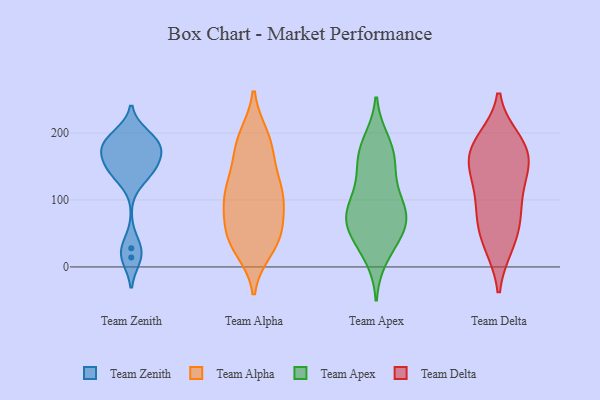
{"axis": {"x": "Energy Usage (MWh)", "y": "Value"}, "legend": ["Team Alpha", "Team Apex", "Team Delta", "Team Zenith"], "data": [{"x": "", "y": 146, "type": "Team Zenith"}, {"x": "", "y": 186, "type": "Team Zenith"}, {"x": "", "y": 145, "type": "Team Zenith"}, {"x": "", "y": 171, "type": "Team Zenith"}, {"x": "", "y": 196, "type": "Team Zenith"}, {"x": "", "y": 174, "type": "Team Zenith"}, {"x": "", "y": 183, "type": "Team Zenith"}, {"x": "", "y": 14, "type": "Team Zenith"}, {"x": "", "y": 138, "type": "Team Zenith"}, {"x": "", "y": 28, "type": "Team Zenith"}, {"x": "", "y": 194, "type": "Team Alpha"}, {"x": "", "y": 93, "type": "Team Alpha"}, {"x": "", "y": 46, "type": "Team Alpha"}, {"x": "", "y": 109, "type": "Team Alpha"}, {"x": "", "y": 181, "type": "Team Alpha"}, {"x": "", "y": 140, "type": "Team Alpha"}, {"x": "", "y": 109, "type": "Team Alpha"}, {"x": "", "y": 90, "type": "Team Alpha"}, {"x": "", "y": 120, "type": "Team Alpha"}, {"x": "", "y": 27, "type": "Team Alpha"}, {"x": "", "y": 169, "type": "Team Alpha"}, {"x": "", "y": 46, "type": "Team Alpha"}, {"x": "", "y": 36, "type": "Team Alpha"}, {"x": "", "y": 63, "type": "Team Alpha"}, {"x": "", "y": 192, "type": "Team Alpha"}, {"x": "", "y": 41, "type": "Team Alpha"}, {"x": "", "y": 110, "type": "Team Alpha"}, {"x": "", "y": 74, "type": "Team Apex"}, {"x": "", "y": 74, "type": "Team Apex"}, {"x": "", "y": 81, "type": "Team Apex"}, {"x": "", "y": 177, "type": "Team Apex"}, {"x": "", "y": 61, "type": "Team Apex"}, {"x": "", "y": 16, "type": "Team Apex"}, {"x": "", "y": 35, "type": "Team Apex"}, {"x": "", "y": 167, "type": "Team Apex"}, {"x": "", "y": 50, "type": "Team Apex"}, {"x": "", "y": 102, "type": "Team Apex"}, {"x": "", "y": 70, "type": "Team Apex"}, {"x": "", "y": 151, "type": "Team Apex"}, {"x": "", "y": 140, "type": "Team Apex"}, {"x": "", "y": 187, "type": "Team Apex"}, {"x": "", "y": 101, "type": "Team Apex"}, {"x": "", "y": 182, "type": "Team Delta"}, {"x": "", "y": 169, "type": "Team Delta"}, {"x": "", "y": 33, "type": "Team Delta"}, {"x": "", "y": 137, "type": "Team Delta"}, {"x": "", "y": 137, "type": "Team Delta"}, {"x": "", "y": 79, "type": "Team Delta"}, {"x": "", "y": 163, "type": "Team Delta"}, {"x": "", "y": 70, "type": "Team Delta"}, {"x": "", "y": 33, "type": "Team Delta"}, {"x": "", "y": 80, "type": "Team Delta"}, {"x": "", "y": 188, "type": "Team Delta"}, {"x": "", "y": 120, "type": "Team Delta"}, {"x": "", "y": 177, "type": "Team Delta"}]}